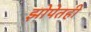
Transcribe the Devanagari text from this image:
झोपेतही